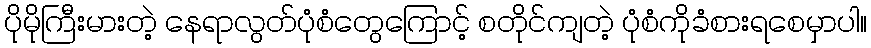
ပိုမိုကြီးမားတဲ့ နေရာလွတ်ပုံစံတွေကြောင့် စတိုင်ကျတဲ့ ပုံစံကိုခံစားရစေမှာပါ။